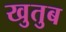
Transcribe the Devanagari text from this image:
खुतुब